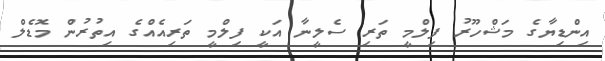
އިންޑިޔާގެ މަޝްހޫރު ފިލްމީ ތަރި ސެލީނާ އަކީ ފިލްމީ ތަރިއެއްގެ އިތުރުން މޮޑެލް